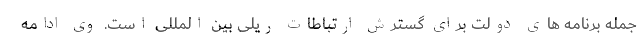
جمله برنامه های دولت برای گسترش ارتباطات ریلی بین المللی است. وی ادامه